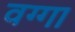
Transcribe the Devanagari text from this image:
वग्गा